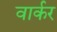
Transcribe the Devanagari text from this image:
वार्कर